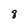
Character: 8